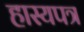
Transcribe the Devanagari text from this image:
हास्यपत्र